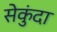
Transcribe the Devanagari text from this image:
सेकुंदा